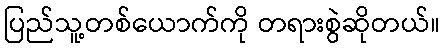
ပြည်သူ့တစ်ယောက်ကို တရားစွဲဆိုတယ်။